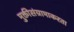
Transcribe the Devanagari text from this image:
मुक्तीसंग्रामाकरता